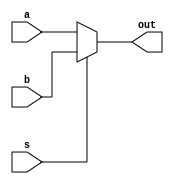
module mux2_1(output wire out, input wire a, input wire b, input wire s);

	assign out = s ? b : a; //oper. condicional de C, sintaxis [condicion ? valor_si_cierta : valor_si_falsa] 

endmodule